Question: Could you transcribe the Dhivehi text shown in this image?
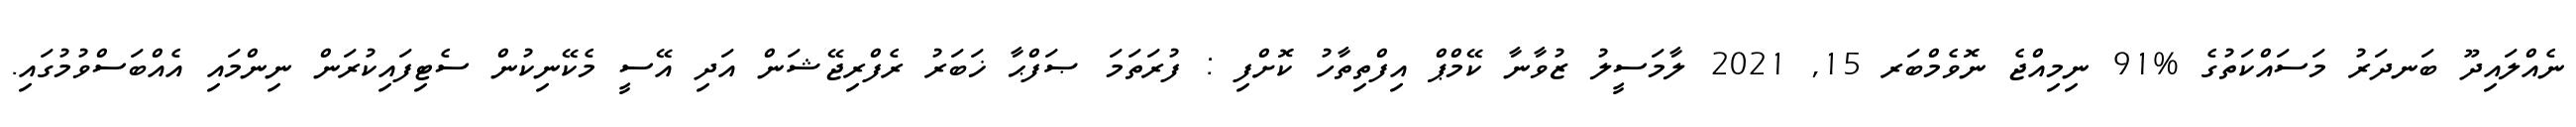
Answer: ނެއްލައިދޫ ބަނދަރު މަސައްކަތުގެ %91 ނިމިއްޖެ ނޮވެމްބަރ 15, 2021 ލާމަސީލު ޒުވާނާ ކޭމްޕް އިފްތިތާހު ކޮށްފި : ފުރަތަމަ ޞަފްޙާ ޚަބަރު ރެފްރިޖޭޝަން އަދި އޭސީ މެކޭނިކުން ސެޓިފައިކުރަން ނިންމައި އެއްބަސްވުމުގައި.